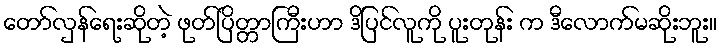
တော်လှန်ရေးဆိုတဲ့ ဖုတ်ပြိတ္တာကြီးဟာ ဒိပြင်လူကို ပူးတုန်း က ဒီလောက်မဆိုးဘူး။